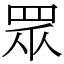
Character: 眾